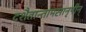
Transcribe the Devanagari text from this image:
दशैतान्तामसानृषीन्